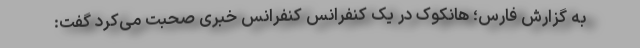
به گزارش فارس؛ هانکوک در یک کنفرانس کنفرانس خبری صحبت می‌کرد گفت: